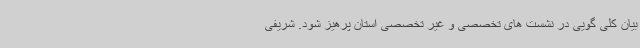
بیان کلی گویی در نشست های تخصصی و غیر تخصصی استان پرهیز شود. شریفی